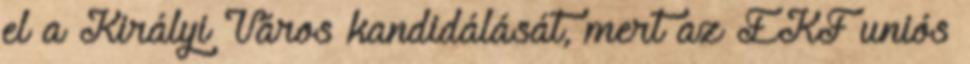
el a Királyi Város kandidálását, mert az EKF uniós